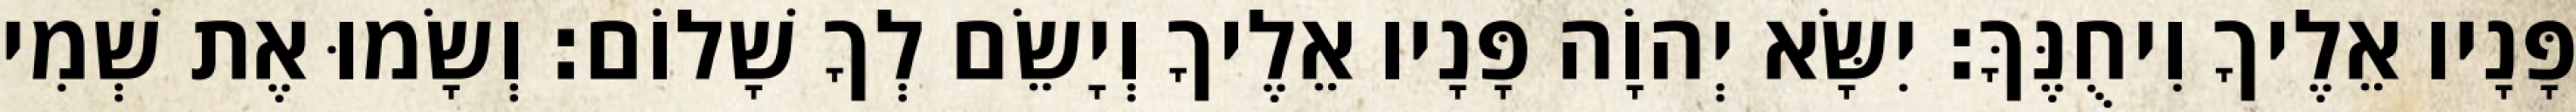
פָּנָיו אֵלֶיךָ וִיחֻנֶּךָּ׃ יִשָּׂא יְהוָֹה פָּנָיו אֵלֶיךָ וְיָשֵׂם לְךָ שָׁלוֹם׃ וְשָׂמוּ אֶת שְׁמִי